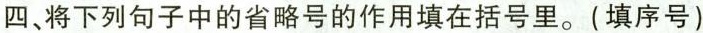
四、将下列句子中的省略号的作用填在括号里。(填序号)